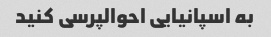
به اسپانیایی احوالپرسی کنید